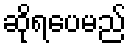
ဆိုရပေမည်